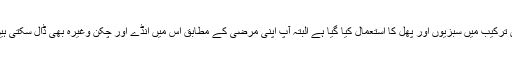
اس ترکیب میں سبزیوں اور پھل کا استعمال کیا گیا ہے البتہ آپ اپنی مرضی کے مطابق اس میں انڈے اور چکن وغیرہ بھی ڈال سکتی ہیں ۔